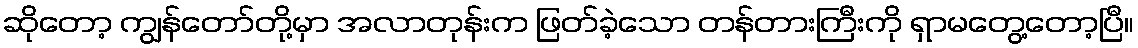
ဆိုတော့ ကျွန်တော်တို့မှာ အလာတုန်းက ဖြတ်ခဲ့သော တန်တားကြီးကို ရှာမတွေ့တော့ပြီ။